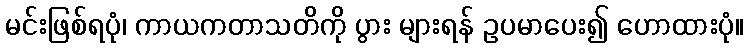
မင်းဖြစ်ရပုံ၊ ကာယကတာသတိကို ပွား များရန် ဥပမာပေး၍ ဟောထားပုံ။